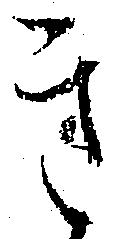
き